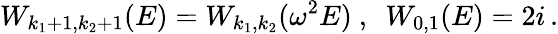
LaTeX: W_{k_{1}+1,k_{2}+1}(E)=W_{k_{1},k_{2}}(\omega^{2}E)~,~~W_{0,1}(E)=2i\, .